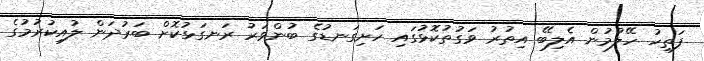
ފަތިހު ހޭލުމުން އެލިބޭ އިތުރު ވަގުތުކޮޅުގައި ހަށިގަނޑުގެ ބުންވަރު ރަނގަޅުކޮށް ބަރުދަން ލުއިކުރުމުގެ